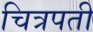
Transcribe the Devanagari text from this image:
चित्रपती